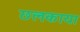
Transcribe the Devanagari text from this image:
छलकाया